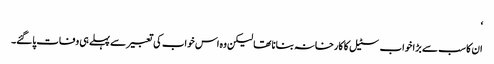
‘
ان کا سب سے بڑا خواب سٹیل کا کارخانہ بنانا تھا لیکن وہ اس خواب کی تعبیر سے پہلے ہی وفات پاگئے۔